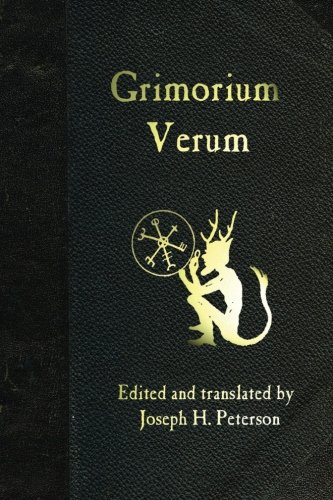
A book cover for Grimorium Verum; Joseph H. Peterson; Religion & Spirituality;